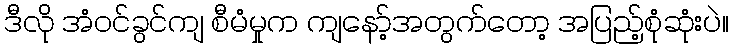
ဒီလို အံဝင်ခွင်ကျ စီမံမှုက ကျနော့်အတွက်တော့ အပြည့်စုံဆုံးပဲ။